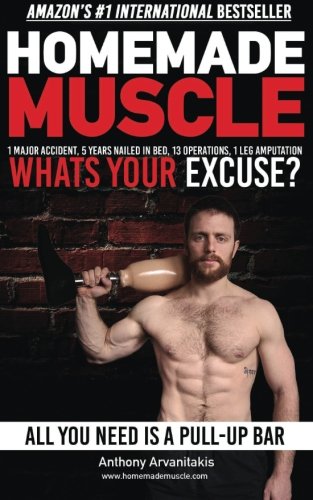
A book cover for HomeMade Muscle: All You Need is a Pull up Bar (Motivational Bodyweight Workout Guide); Anthony Arvanitakis; Health, Fitness & Dieting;